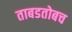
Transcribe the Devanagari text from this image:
ताबडतोबच